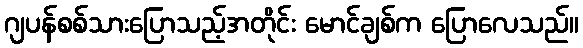
ဂျပန်စစ်သားပြောသည့်အတိုင်း မောင်ချစ်က ပြောလေသည်။